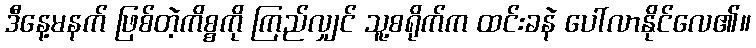
ဒီနေ့မနက် ဖြစ်တဲ့ကိစ္စကို ကြည်လျှင် သူ့စရိုက်က ထင်းခနဲ ပေါ်လာနိုင်လေ၏။